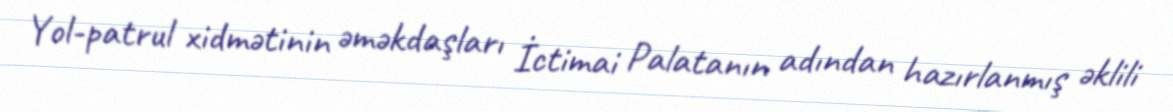
Yol-patrul xidmətinin əməkdaşları İctimai Palatanın adından hazırlanmış əklili